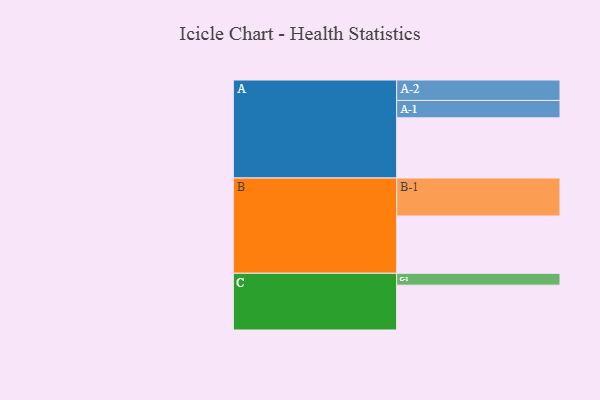
{"axis": {"x": "Segment", "y": "Value"}, "legend": ["", "A", "B", "C"], "data": [{"x": "A", "y": 456, "type": ""}, {"x": "B", "y": 434, "type": ""}, {"x": "C", "y": 340, "type": ""}, {"x": "A-1", "y": 132, "type": "A"}, {"x": "A-2", "y": 155, "type": "A"}, {"x": "B-1", "y": 288, "type": "B"}, {"x": "C-1", "y": 90, "type": "C"}]}